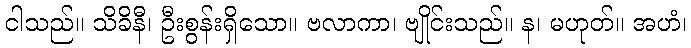
ငါသည်။ သိခိနီ၊ ဦးစွန်းရှိသော။ ဗလာကာ၊ ဗျိုင်းသည်။ န၊ မဟုတ်။ အဟံ၊